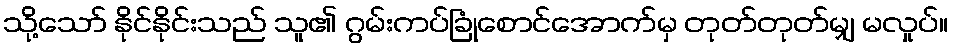
သို့သော် နိုင်နိုင်းသည် သူ၏ ဂွမ်းကပ်ခြုံစောင်အောက်မှ တုတ်တုတ်မျှ မလှုပ်။